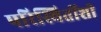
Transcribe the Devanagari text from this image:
परिस्थितींशी